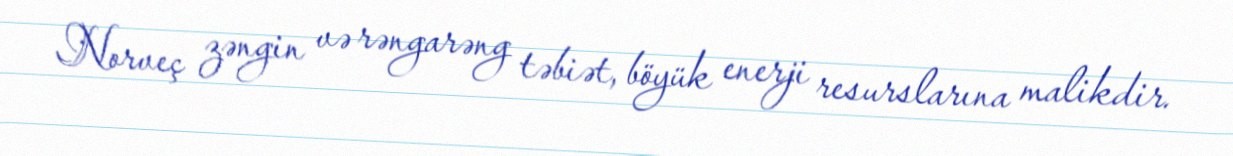
Norveç zəngin və rəngarəng təbiət, böyük enerji resurslarına malikdir.